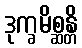
ဒုက္ခမိစ္ဆန္တိ